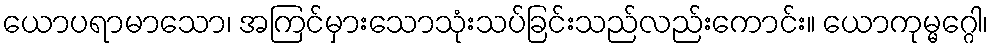
ယောပရာမာသော၊ အကြင်မှားသောသုံးသပ်ခြင်းသည်လည်းကောင်း။ ယောကုမ္မဂ္ဂေါ၊